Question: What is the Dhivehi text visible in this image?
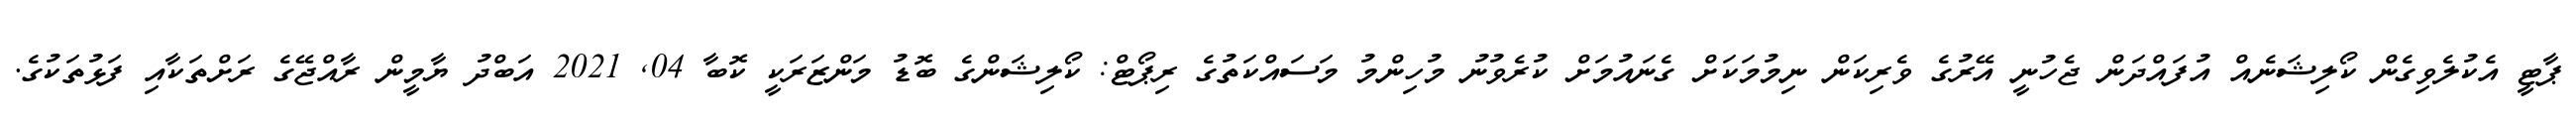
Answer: ޕާޓީ އެކުލެވިގެން ކޯލިޝަނެއް އުފައްދަން ޖެހުނީ އޭރުގެ ވެރިކަން ނިމުމަކަށް ގެނައުމަށް ކުރެވުނު މުހިންމު މަސައްކަތުގެ ރިޕޯޓް: ކޯލިޝަންގެ ބޮޑު މަންޒަރަކީ ކޮބާ 04, 2021 އަބްދު ޔާމީން ރާއްޖޭގެ ރަށްތަކާއި ފަޅުތަކުގެ.